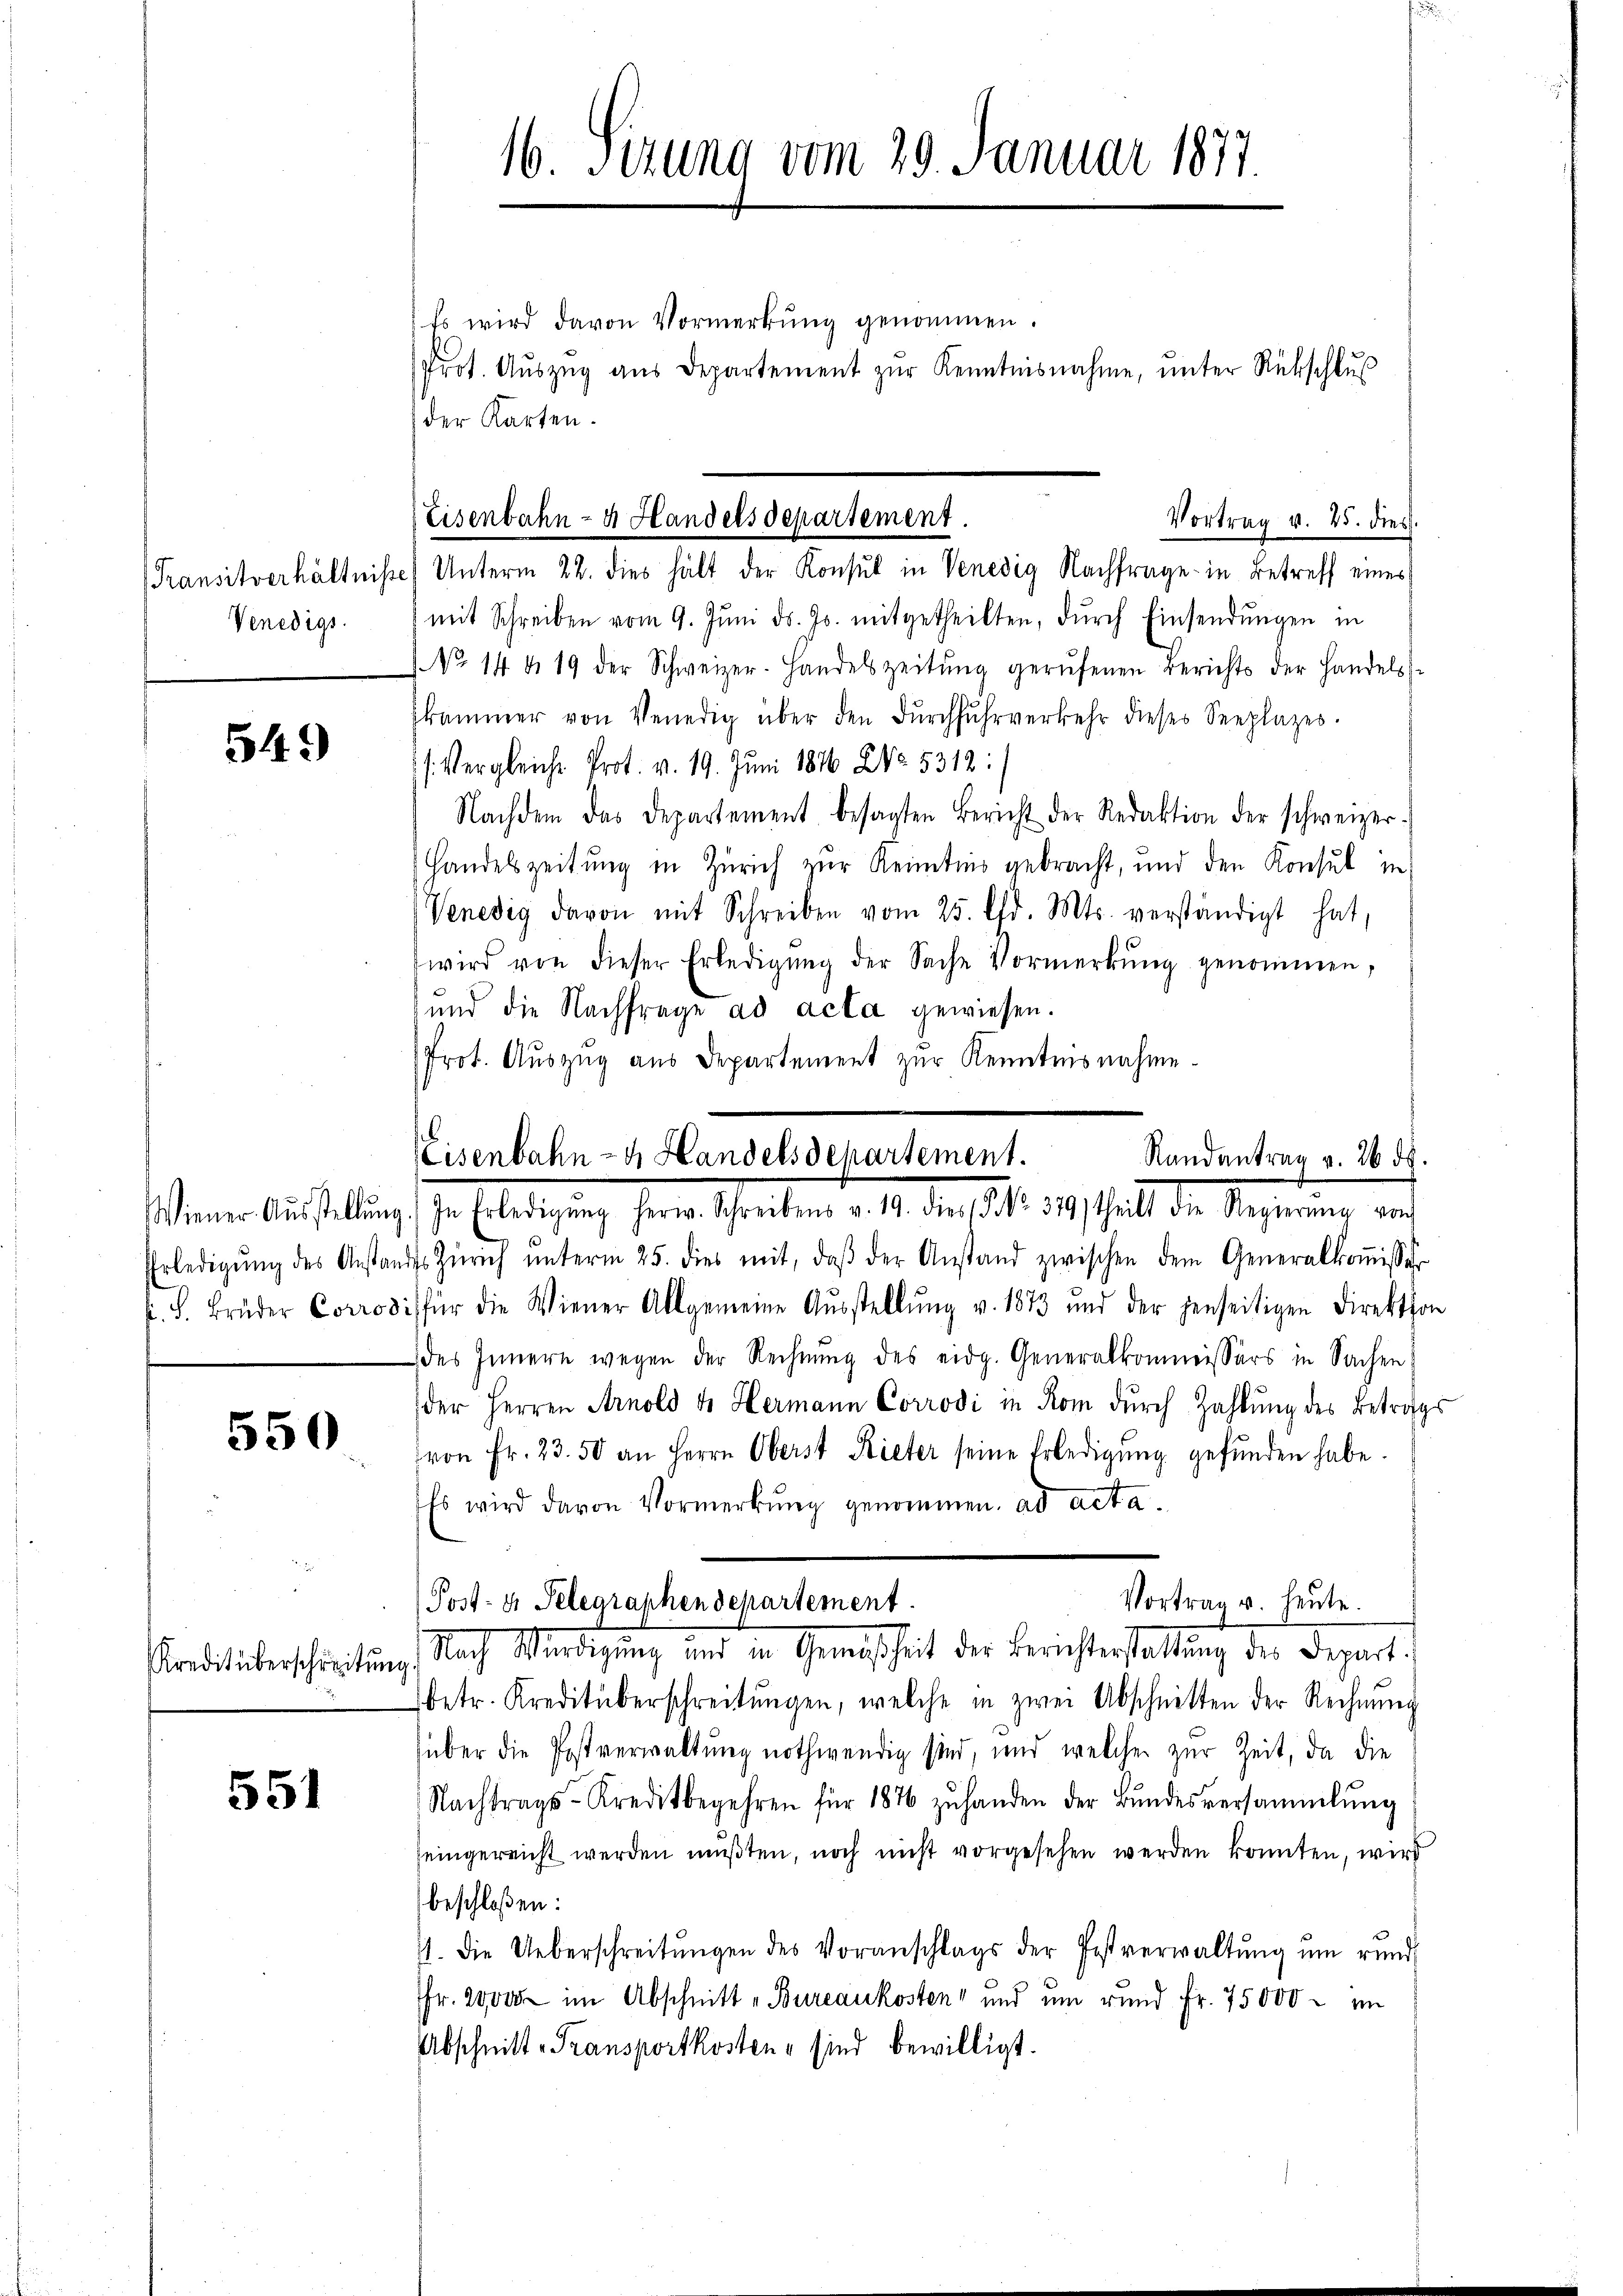
Venedigs

549)

550

Kreditüberschreitung

551

16. Serung vom 29. Januar 1877.

Es wird davon Vormerkŭng genommen.
Prot. Aŭszŭg aŭs Departement zŭr Kenntnisnahme, ŭnter Rückschlŭβ
der Karten.
mit Schreiben vom 9. Jŭni d. Js. mitgetheilten, dŭrch Einsendŭngen in
No 14. d. 19 der Schweizer-Handelszeitŭng gerŭfenen Berichts der Handels-
skammer von Venedig über den Dŭrchfŭhrverkehr dieses Seeplazes.
s. Vergleiche Prot. v. 19. Juni 1846 NNo. 5312:
Nachdem das Departement besagten Bericht der Redaktion der schweizer-
Handelszeitung in Zürich zur Kenntnis gebracht, und den Konsul in
Venedig davon mit Schreiben vom 25. d. Mts. verständigt hat,
wird von dieser Erledigŭng der Sache Vormerkŭng genommen,
und die Nachfrage ad acta gewiesen.
Prot. Aŭszŭg aŭs Departement zŭr Kenntnisnahme.

Erledigŭng des Anstandes Zürich ŭnterm 25. dies mit, daβ der Anstand zwischen dem Generalkoṁissar
k. B. Brüder Corrodi für die Wiener Allgemeine Aŭsstellŭng v. 1873 und der jenseitigen Direktion
 des Innern wegen der Rechnŭng des eidg. Generalkommissärs in Sachen
der Herren Arnold d Hermann Corrodi in Rom durch Zahlung des Betrags
von Fr. 23. 50 an Herrn Oberst Rieter seine Erledigŭng gefŭnden habe.
Es wird davon Vormerkŭng genommen. ad acta.
betr. Kreditüberschreitŭngen, welche in zwei Abschnitten der Rechnŭng
über die Postverwaltŭng nothwendig sind, und welcher zur Zeit, da die
Nachtrags-Kreditbegehren für 1876 zŭ handen der Bŭndesversammlung
seingereicht werden mußten, noch nicht vorgesehen werden konnten, wird
beschloßen:
71. Die Ueberschreitŭngen des Voranschlags der Festverwaltŭng ŭm rund
Fr. 2000 im Abschnitt „Bureaukosten und um rund Fr. 75000 - im
Abschnitt - Transportkosten sind bewilligt.

Eisenbahn- 4 Handelsdepartement.
Vortrag v. 25. dies
Transitverhältnisse Unterm 22. dies hält der Konsul in Venedig Nachfrage in Betreff eines

Eisenbahn- & Handelsdepartement.
Randantrag v. 26. ds.
senen Anstaltung ihr Erledigung heren Khreiben d. M. der 1806. 149, halt der Regierung an

Vortrag u. heute.
Post- u. Telegraphen Departement.
Nach Würdigung und in Gewißheit der Berichterstattung der Depart.